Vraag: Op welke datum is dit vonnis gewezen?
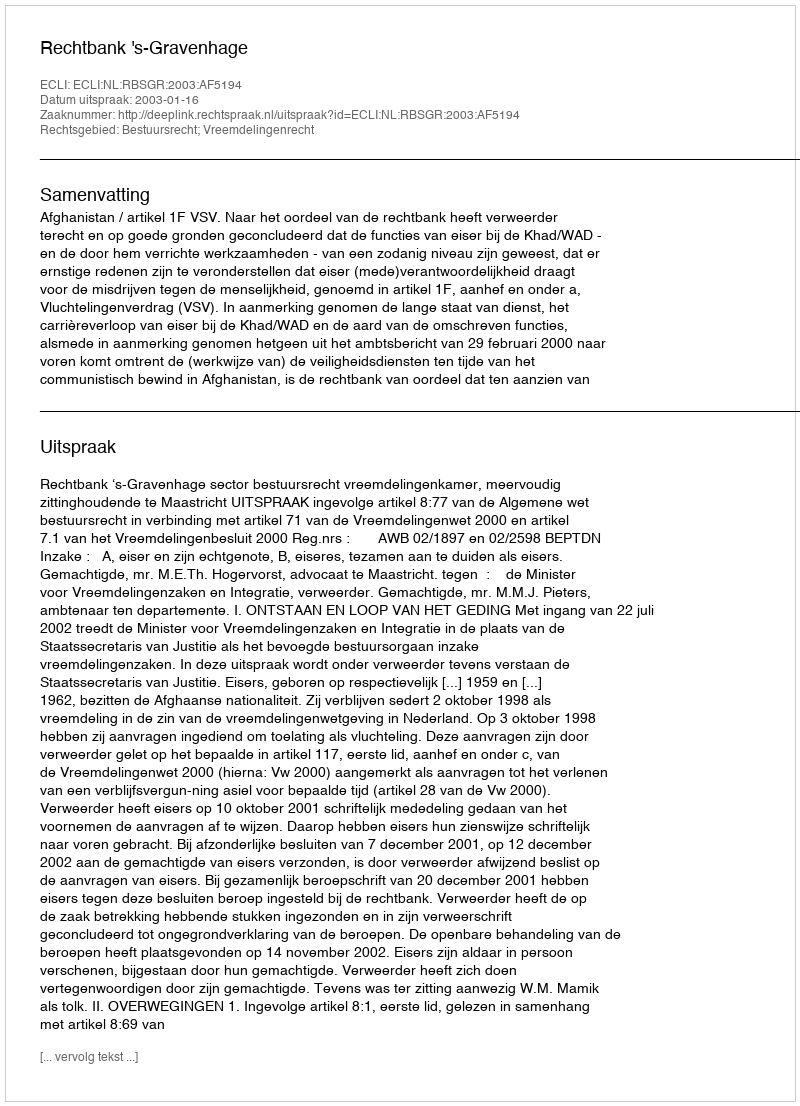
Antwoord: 2003-01-16